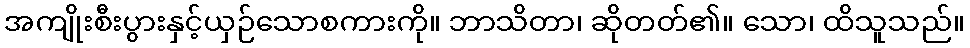
အကျိုးစီးပွားနှင့်ယှဉ်သောစကားကို။ ဘာသိတာ၊ ဆိုတတ်၏။ သော၊ ထိသူသည်။